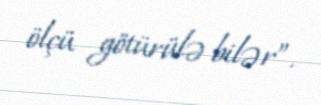
ölçü götürülə bilər”.